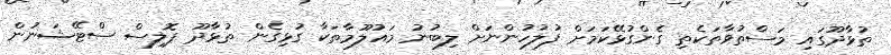
ތުޅާދޫގައި މަސްތުވާތަކެތި ގެންގުޅޭކަމަށް ފުލުހުންނަށް ލިބުނު މައުލޫމާތަކާ ގުޅިގެން ތުޅާދޫ ޕޮލިސް ސްޓޭޝަނުން